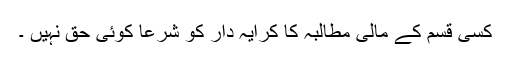
کسی قسم کے مالی مطالبہ کا کرایہ دار کو شرعاً کوئی حق نہیں ۔